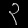
Digit: ၃